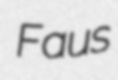
Faus